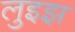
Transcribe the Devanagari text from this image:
लुइझ